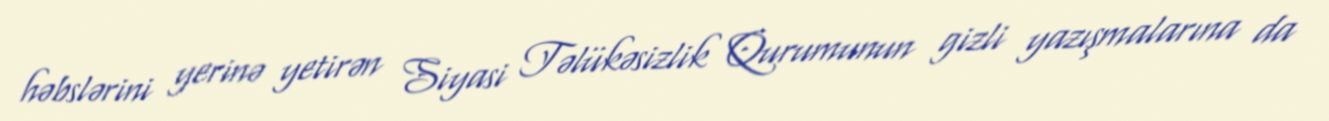
həbslərini yerinə yetirən Siyasi Təlükəsizlik Qurumunun gizli yazışmalarına da